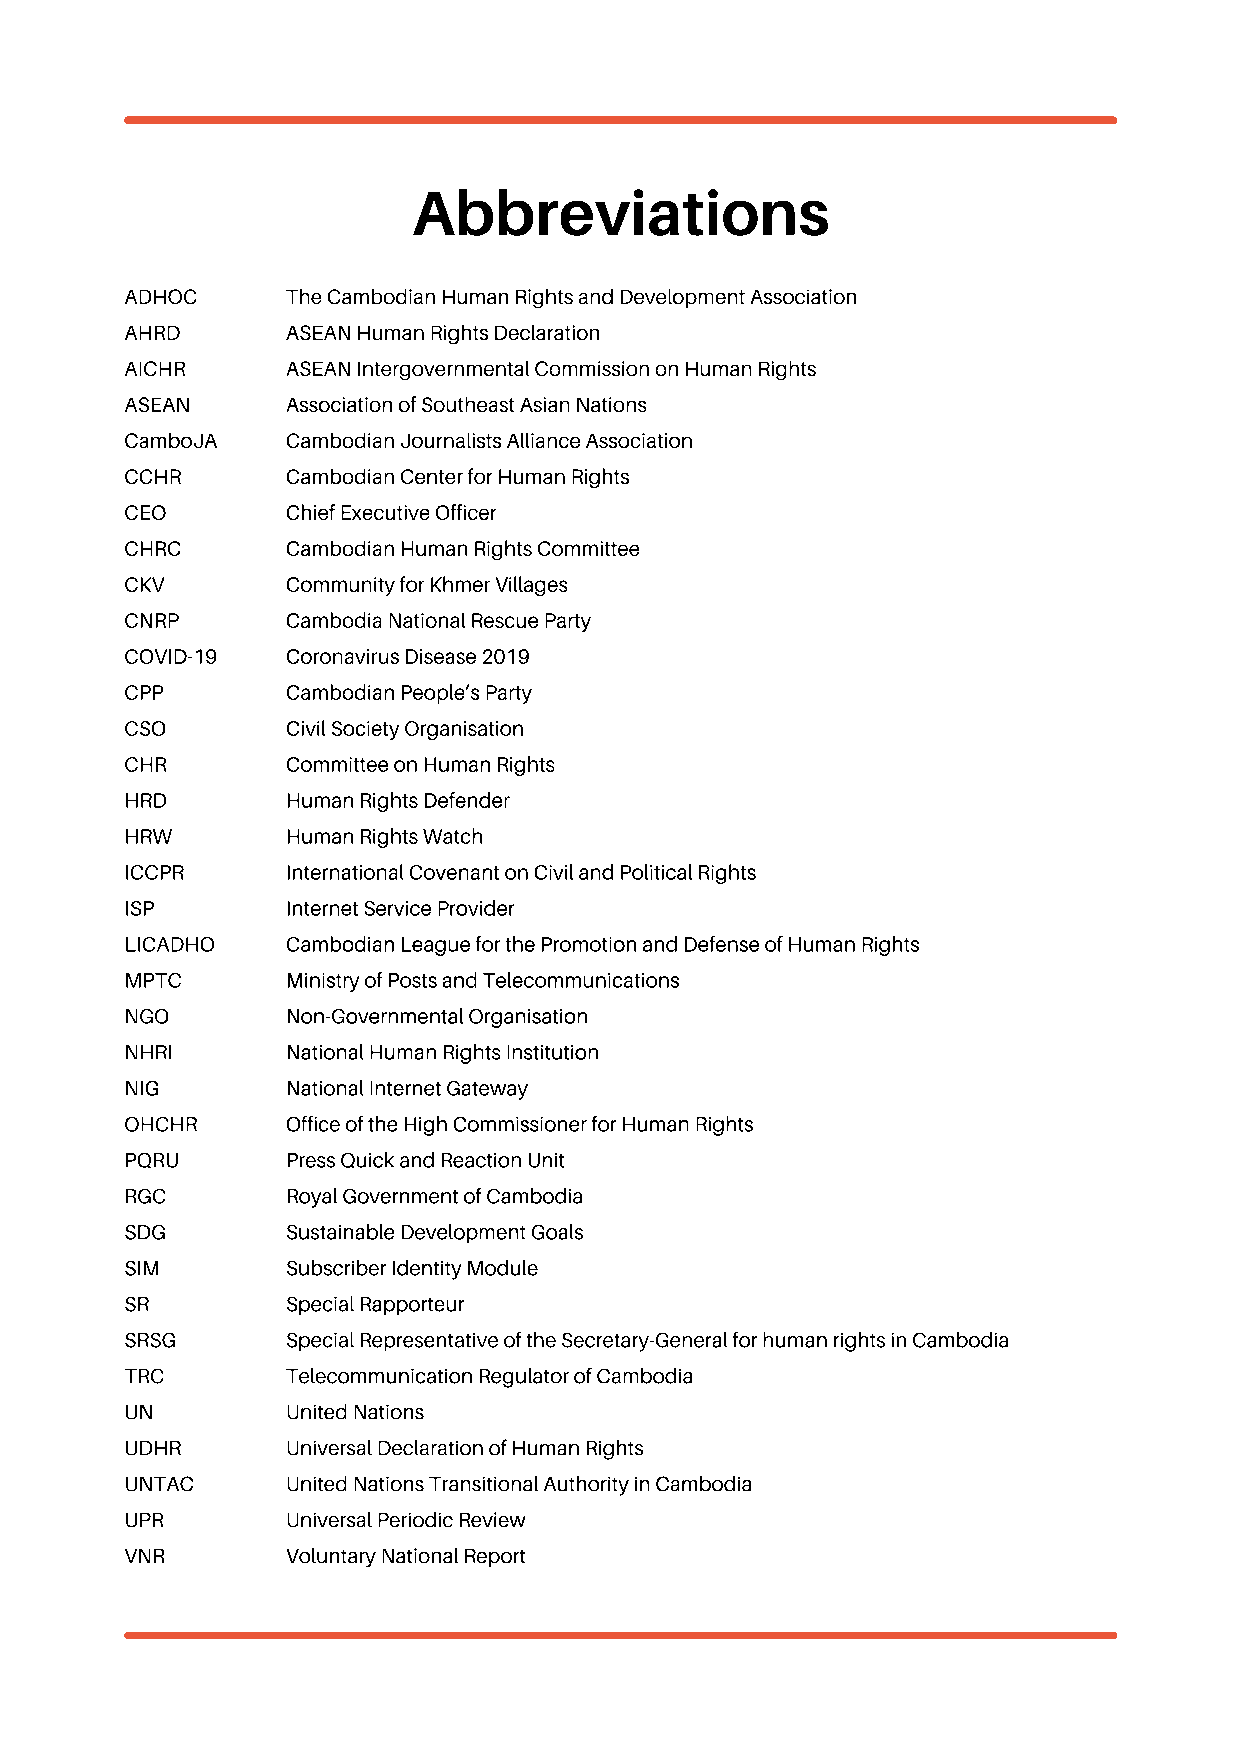
Abbreviations
 ADHOC      The Cambodian Human Rights and Development Association
 AHRD       ASEAN Human Rights Declaration
 AICHR      ASEAN Intergovernmental Commission on Human Rights
 ASEAN      Association of Southeast Asian Nations
 CamboJA    Cambodian Journalists Alliance Association
 CCHR       Cambodian Center for Human Rights
 CEO        Chief Executive Officer
 CHRC       Cambodian Human Rights Committee
 CKV        Community for Khmer Villages
 CNRP       Cambodia National Rescue Party
 COVID-19   Coronavirus Disease 2019
 CPP        Cambodian People’s Party
 CSO        Civil Society Organisation
 CHR        Committee on Human Rights
 HRD        Human Rights Defender
 HRW        Human Rights Watch
 ICCPR      International Covenant on Civil and Political Rights
 ISP        Internet Service Provider
 LICADHO    Cambodian League for the Promotion and Defense of Human Rights
 MPTC       Ministry of Posts and Telecommunications
 NGO        Non-Governmental Organisation
 NHRI       National Human Rights Institution
 NIG        National Internet Gateway
 OHCHR      Office of the High Commissioner for Human Rights
 PQRU       Press Quick and Reaction Unit
 RGC        Royal Government of Cambodia
 SDG        Sustainable Development Goals
 SIM        Subscriber Identity Module
 SR         Special Rapporteur
 SRSG       Special Representative of the Secretary-General for human rights in Cambodia
 TRC        Telecommunication Regulator of Cambodia
 UN         United Nations
 UDHR       Universal Declaration of Human Rights
 UNTAC      United Nations Transitional Authority in Cambodia
 UPR        Universal Periodic Review
 VNR        Voluntary National Report